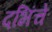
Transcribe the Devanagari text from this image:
दभिंचे